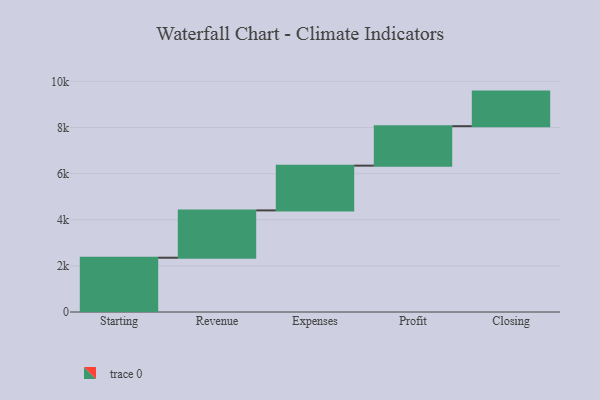
{"axis": {"x": "Step", "y": "Value"}, "legend": [""], "data": [{"x": "Starting", "y": 2353.0, "type": ""}, {"x": "Revenue", "y": 2052.0, "type": ""}, {"x": "Expenses", "y": 1940.0, "type": ""}, {"x": "Profit", "y": 1711.0, "type": ""}, {"x": "Closing", "y": 1499.0, "type": ""}]}